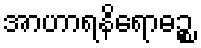
အာဟာရနိရောဓဉ္စ